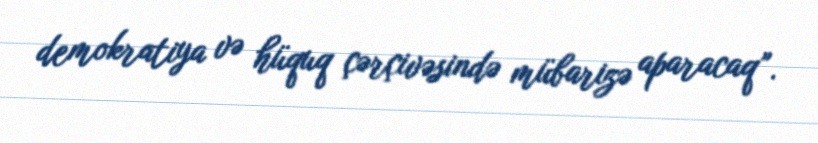
demokratiya və hüquq çərçivəsində mübarizə aparacaq”.